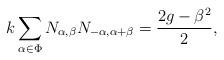
\begin{align*}k\sum _{\alpha \in \Phi}N_{\alpha, \beta}N_{-\alpha,\alpha+\beta}=\frac{2g-\beta ^2}{2},\end{align*}